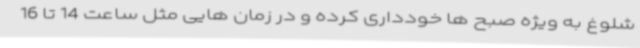
شلوغ به ویژه صبح ها خودداری کرده و در زمان هایی مثل ساعت 14 تا 16